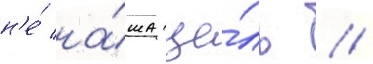
н'е́ на́ша це́ль //